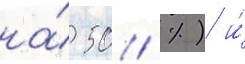
на́ 50 %) и́